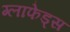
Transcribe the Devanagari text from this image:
ग्लाफेड्स